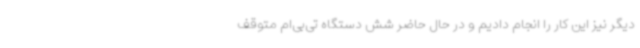
دیگر نیز این کار را انجام دادیم و در حال حاضر شش دستگاه تی‌بی‌ام متوقف